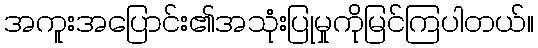
အကူးအပြောင်း၏အသုံးပြုမှုကိုမြင်ကြပါတယ်။